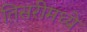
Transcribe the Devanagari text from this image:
तिसरीमध्ये